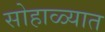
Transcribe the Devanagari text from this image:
सोहाळ्यात